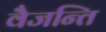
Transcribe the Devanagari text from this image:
वैजन्ति